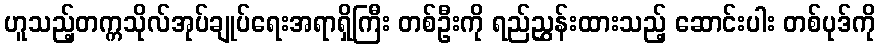
ဟူသည့်တက္ကသိုလ်အုပ်ချုပ်ရေးအရာရှိကြီး တစ်ဦးကို ရည်ညွှန်းထားသည့် ဆောင်းပါး တစ်ပုဒ်ကို